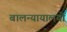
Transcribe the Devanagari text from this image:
बालन्यायालयों